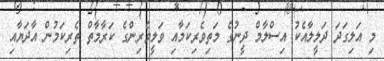
މި އަލިގަދަ ދަލީލާއެކު އިސްލާމް ދީނުގެ މަތިވެރިކަމާއި ވަލީވެރިންގެ ކަރާމާތް ތެރިކަމުން އާދަޔާއި